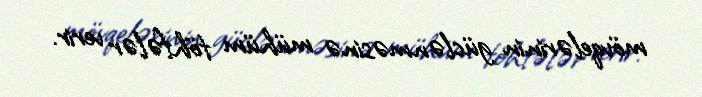
mövqelərinin güclənməsinə mühüm töhfələr verir.